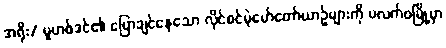
အရိုး/ မူဟစ်ဒင်၏ ပြောချင်နေသော လိုင်စင်မဲ့မော်တော်ယာဉ်များကို ပလက်ဝမြို့မှာ